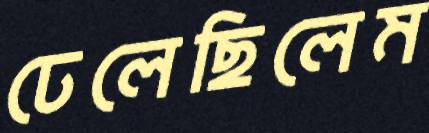
ঢেলেছিলেম